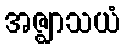
အဇ္ဈာသယံ